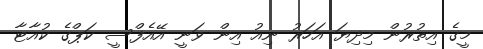
މީގެ އިތުރުން މިދިޔަ އަހަރު ނިއު އިން ވަނީ އޭއެފްސީ ކަޕްގެ ކުއާޓާ